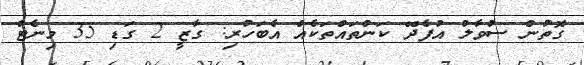
ގޮތުން ސުވާލު އުފެދޭ ކަންތައްތަކެއް އެބަހުރި: ގާޒީ 2 ގަޑި 35 މިނެޓް